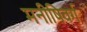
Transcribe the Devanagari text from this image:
मनीषिवर्ग